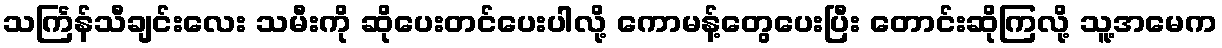
သင်္ကြန်သီချင်းလေး သမီးကို ဆိုပေးတင်ပေးပါလို့ ကောမန့်တွေပေးပြီး တောင်းဆိုကြလို့ သူ့အမေက